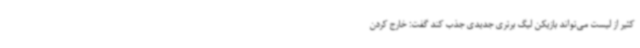
کثیر از لیست می‌تواند بازیکن لیگ برتری جدیدی جذب کند گفت: خارج کردن